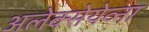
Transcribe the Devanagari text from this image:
अलेक्सेयेव्ना